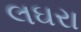
લઘરા